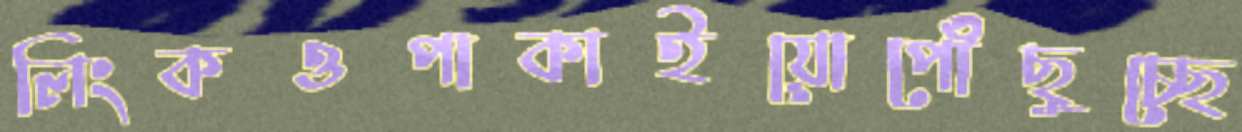
লিংকওপাকাইয়োপৌঁছুচ্ছে